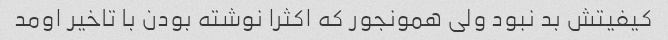
کیفیتش بد نبود ولی همونجور که اکثرا نوشته بودن با تاخیر اومد